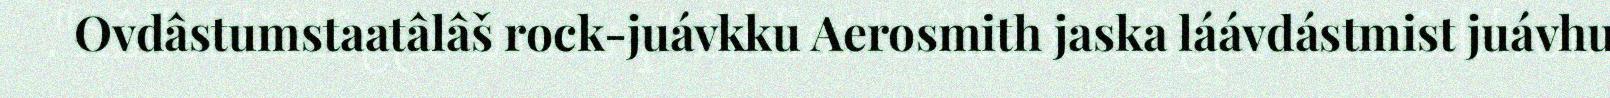
Ovdâstumstaatâlâš rock-juávkku Aerosmith jaska láávdástmist juávhu